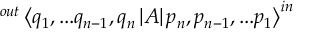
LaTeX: ^ { o u t } \left\langle q _ { 1 } , . . . q _ { n - 1 } , q _ { n } \left| A \right| p _ { n } , p _ { n - 1 } , . . . p _ { 1 } \right\rangle ^ { i n }